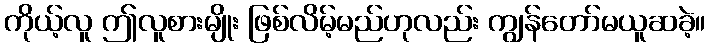
ကိုယ့်လူ ဤလူစားမျိုး ဖြစ်လိမ့်မည်ဟုလည်း ကျွန်တော်မယူဆခဲ့။